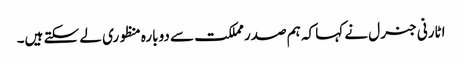
اٹارنی جنرل نے کہا کہ ہم صدر مملکت سے دوبارہ منظوری لے سکتے ہیں۔